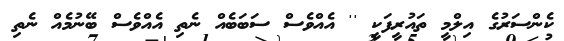
ކެންސަރުގެ އިލްމީ ތައުރީފަކީ '' އެއްވެސް ސަބަބެއް ނެތި އެއްވެސް ބޭނުމެއް ނެތި